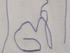
Signature authenticity: forged